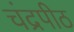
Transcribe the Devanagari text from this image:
चंद्रपीठ